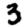
Digit: 3